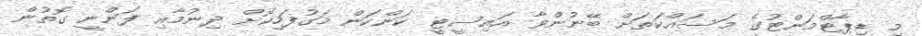
މި ޑިޕާޓްމަންޓުގެ މަސައްކަތަށް ބޭނުންވާ އައިސީޓީ ކަންކަން މަގުފަހިކޮށް ދިނުމާއި ފަންނީ ގޮތުން